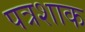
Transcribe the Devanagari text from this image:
पत्रशाक